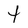
Character: t